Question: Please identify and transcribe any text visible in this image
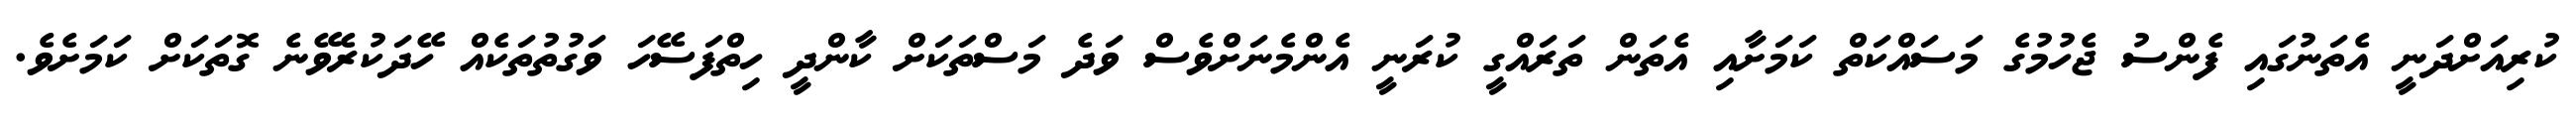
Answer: ކުރިއަށްދަނީ އެތަނުގައި ފެންސު ޖެހުމުގެ މަސައްކަތް ކަމަށާއި އެތަން ތަރައްގީ ކުރަނީ އެންމެނަށްވެސް ވަދެ މަސްތަކަށް ކާންދީ ހިތްފަސޭހަ ވަގުތުތަކެއް ހޭދަކުރެވޭނެ ގޮތަކަށް ކަމަށެވެ.